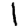
Digit: 1